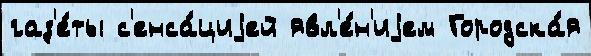
газ'е́ты с'енса́циjей явл'е́н'иjем Городска́я